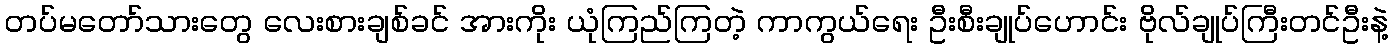
တပ်မတော်သားတွေ လေးစားချစ်ခင် အားကိုး ယုံကြည်ကြတဲ့ ကာကွယ်ရေး ဦးစီးချုပ်ဟောင်း ဗိုလ်ချုပ်ကြီးတင်ဦးနဲ့